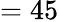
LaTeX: =45